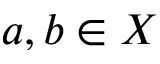
a , b \in X